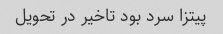
پیتزا سرد بود تاخیر در تحویل